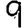
Digit: 9